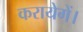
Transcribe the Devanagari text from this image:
करायेगें।